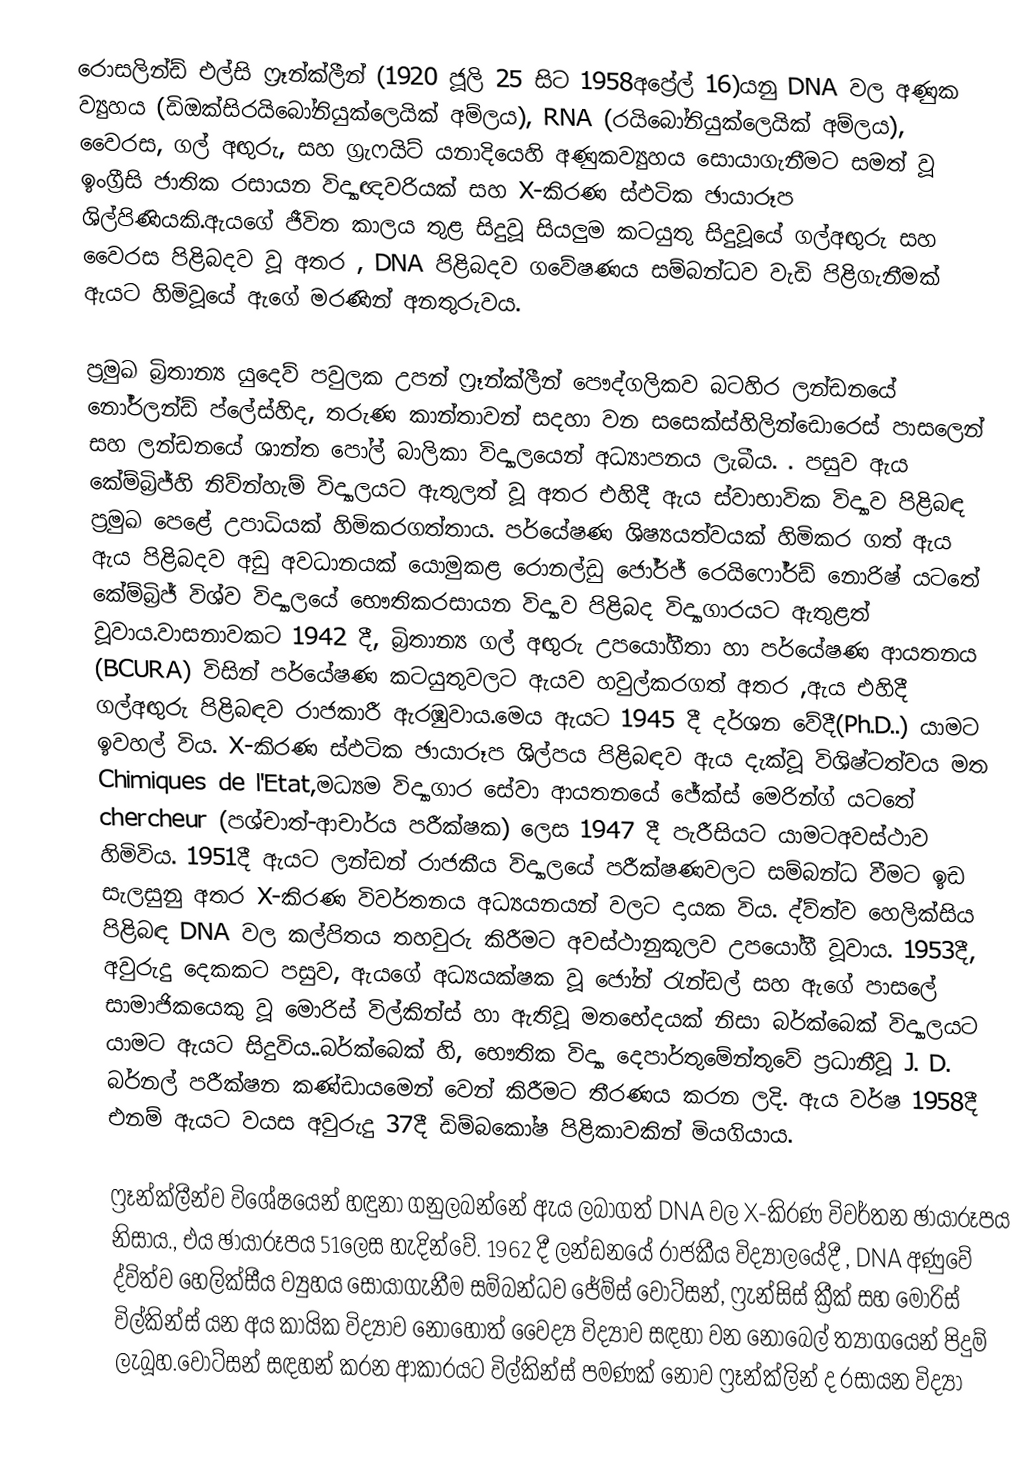
රොසලින්ඩ් එල්සි ෆ්‍රෑන්ක්ලීන් (1920 ජූලි 25 සිට  1958අප්‍රේල් 16)යනු  DNA වල අණුක ව්‍යුහය (ඩිඔක්සිරයිබෝනියුක්ලෙයික් අම්ලය), RNA (රයිබෝනියුක්ලෙයික් අම්ලය), වෛරස, ගල් අඟුරු, සහ ග්‍රැෆයිට් යනාදියෙහි අණුකව්‍යුහය සොයාගැනීමට සමත් වූ  ඉංග්‍රීසි ජාතික  රසායන විද්‍යාඥවරියක් සහ X-කිරණ ස්ඵටික ඡායාරූප ශිල්පිණියකි.ඇයගේ ජීවිත කාලය තුළ සිදුවූ සියලුම කටයුතු සිදුවූයේ ගල්අඟුරු සහ වෛරස පිළිබදව වූ අතර , DNA  පිළිබදව ගවේෂණය සම්බන්ධව වැඩි පිළිගැනීමක් ඇයට හිමිවූයේ ඇගේ මරණින් අනතුරුවය.

ප්‍රමුඛ බ්‍රිතාන්‍ය යුදෙව් පවුලක උපන් ෆ්‍රෑන්ක්ලීන් පෞද්ගලිකව බටහිර ලන්ඩනයේ නෝර්ලන්ඩ් ප්ලේස්හිද, තරුණ කාන්තාවන් සදහා වන සසෙක්ස්හිලින්ඩොරෙස් පාසලෙන් සහ ලන්ඩනයේ  ශාන්ත පෝල් බාලිකා විද්‍යාලයෙන් අධ්‍යාපනය ලැබීය. . පසුව ඇය කේම්බ්‍රිජ්හි නිව්න්හැම් විද්‍යාලයට ඇතුලත් වූ අතර එහිදී ඇය ස්වාභාවික විද්‍යාව පිළිබඳ ප්‍රමුඛ පෙළේ උපාධියක් හිමිකරගත්තාය. පර්යේෂණ ශිෂ්‍යයත්වයක් හිමිකර ගත් ඇය ඇය පිළිබදව අඩු අවධානයක් යොමුකළ රොනල්ඩු ජෝර්ජ් රෙයිෆෝර්ඩ් නොරිෂ් යටතේ කේම්බ්‍රිජ් විශ්ව විද්‍යාලයේ භෞතිකරසායන විද්‍යාව පිළිබද විද්‍යාගාරයට ඇතුළත් වූවාය.වාසනාවකට 1942  දී, බ්‍රිතාන්‍ය ගල් අඟුරු උපයෝගීතා හා පර්යේෂණ ආයතනය (BCURA) විසින් පර්යේෂණ කටයුතුවලට ඇයව හවුල්කරගත් අතර ,ඇය එහිදී ගල්අඟුරු පිළිබඳව රාජකාරී ඇරඹුවාය.මෙය ඇයට 1945 දී දර්ශන වේදී(Ph.D..) යාමට ඉවහල් විය. X-කිරණ ස්ඵටික ඡායාරූප ශිල්පය පිළිබඳව ඇය දැක්වූ විශිෂ්ටත්වය මත Chimiques de l'Etat,මධ්‍යම විද්‍යාගාර සේවා ආයතනයේ ජේක්ස් මෙරින්ග් යටතේ chercheur (පශ්චාත්-ආචාර්ය පරීක්ෂක) ලෙස 1947 දී පැරීසියට යාමටඅවස්ථාව හිමිවිය. 1951දී ඇයට ලන්ඩන් රාජකීය විද්‍යාලයේ පරීක්ෂණවලට සම්බන්ධ වීමට ඉඩ සැලසුනු අතර X-කිරණ විවර්තනය අධ්‍යයනයන් වලට දායක විය. ද්ව්ත්ව හෙලික්සිය පිළිබඳ DNA වල කල්පිතය තහවුරු කිරීමට අවස්ථානුකූලව උපයෝගී වූවාය.  1953දී, අවුරුදු දෙකකට පසුව, ඇයගේ අධ්‍යයක්ෂක වූ ජෝන් රැන්ඩල් සහ ඇගේ පාසලේ සාමාජිකයෙකු වූ මොරිස් විල්කින්ස් හා ඇතිවූ මතභේදයක් නිසා බර්ක්බෙක් විද්‍යාලයට යාමට ඇයට සිදුවිය..බර්ක්බෙක් හි, භෞතික විද්‍යා දෙපාර්තුමේන්තුවේ ප්‍රධානීවූ J. D. බර්නල් පරීක්ෂන කණ්ඩායමෙන් වෙන් කිරීමට තීරණය කරන ලදි. ඇය වර්ෂ 1958දී එනම් ඇයට වයස අවුරුදු 37දී  ඩිම්බකෝෂ පිළිකාවකින් මියගියාය.

ෆ්‍රෑන්ක්ලීන්ව විශේෂයෙන් හඳුනා ගනුලබන්නේ ඇය ලබාගත් DNA වල  X-කිරණ විවර්තන ඡායාරූපය නිසාය., එය ඡායාරූපය 51ලෙස හැදින්වේ. 1962 දී ලන්ඩනයේ රාජකීය විද්‍යාලයේදී , DNA අණුවේ ද්විත්ව හෙලික්සීය ව්‍යුහය සොයාගැනීම සම්බන්ධව ජේම්ස් වොට්සන්, ෆ්‍රැන්සිස් ක්‍රීක් සහ මොරිස් විල්කින්ස් යන අය කායික විද්‍යාව නොහොත් වෛද්‍ය විද්‍යාව සඳහා වන නොබෙල් ත්‍යාගයෙන් පිදුම් ලැබූහ.වොට්සන් සඳහන් කරන ආකාරයට විල්කින්ස් පමණක් නොව ෆ්‍රෑන්ක්ලින් ද රසායන විද්‍යා